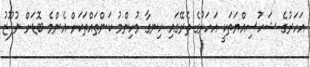
އަހަރުގެ ޝަހުސިއްޔަތަކީ އަހަރުގެ ތެރޭގައި ހިނގާ މުހިންމު ކަންތައްތަކަށް އެންމެ ބޮޑަށް ނުފޫޒު